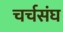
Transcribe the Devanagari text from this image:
चर्चसंघ